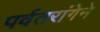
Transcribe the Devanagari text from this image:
पर्वतरांगेने